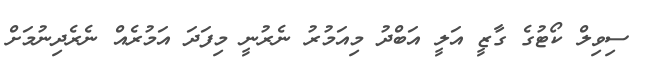
ސިވިލް ކޯޓުގެ ގާޒީ އަލީ އަބްދު މިއަމުރު ނެރުނީ މިފަދަ އަމުރެއް ނެރެދިނުމަށް